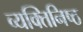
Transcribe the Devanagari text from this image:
व्यक्‍तिनिष्‍ठ